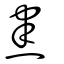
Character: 㶳